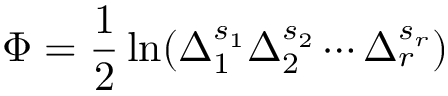
\Phi = \frac 1 2 \ln ( \Delta _ { 1 } ^ { s _ { 1 } } \Delta _ { 2 } ^ { s _ { 2 } } \cdots \Delta _ { r } ^ { s _ { r } } )